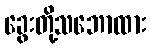
ခွေးတို့သဘောထား